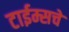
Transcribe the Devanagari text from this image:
टाईम्सचे